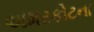
અમરકોટના